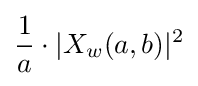
{\frac {1}{a}}\cdot |X_{w}(a,b)|^{2}